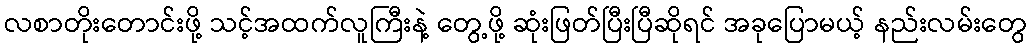
လစာတိုးတောင်းဖို့ သင့်အထက်လူကြီးနဲ့ တွေ့ဖို့ ဆုံးဖြတ်ပြီးပြီဆိုရင် အခုပြောမယ့် နည်းလမ်းတွေ